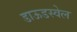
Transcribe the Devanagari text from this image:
डाऊडस्वेल